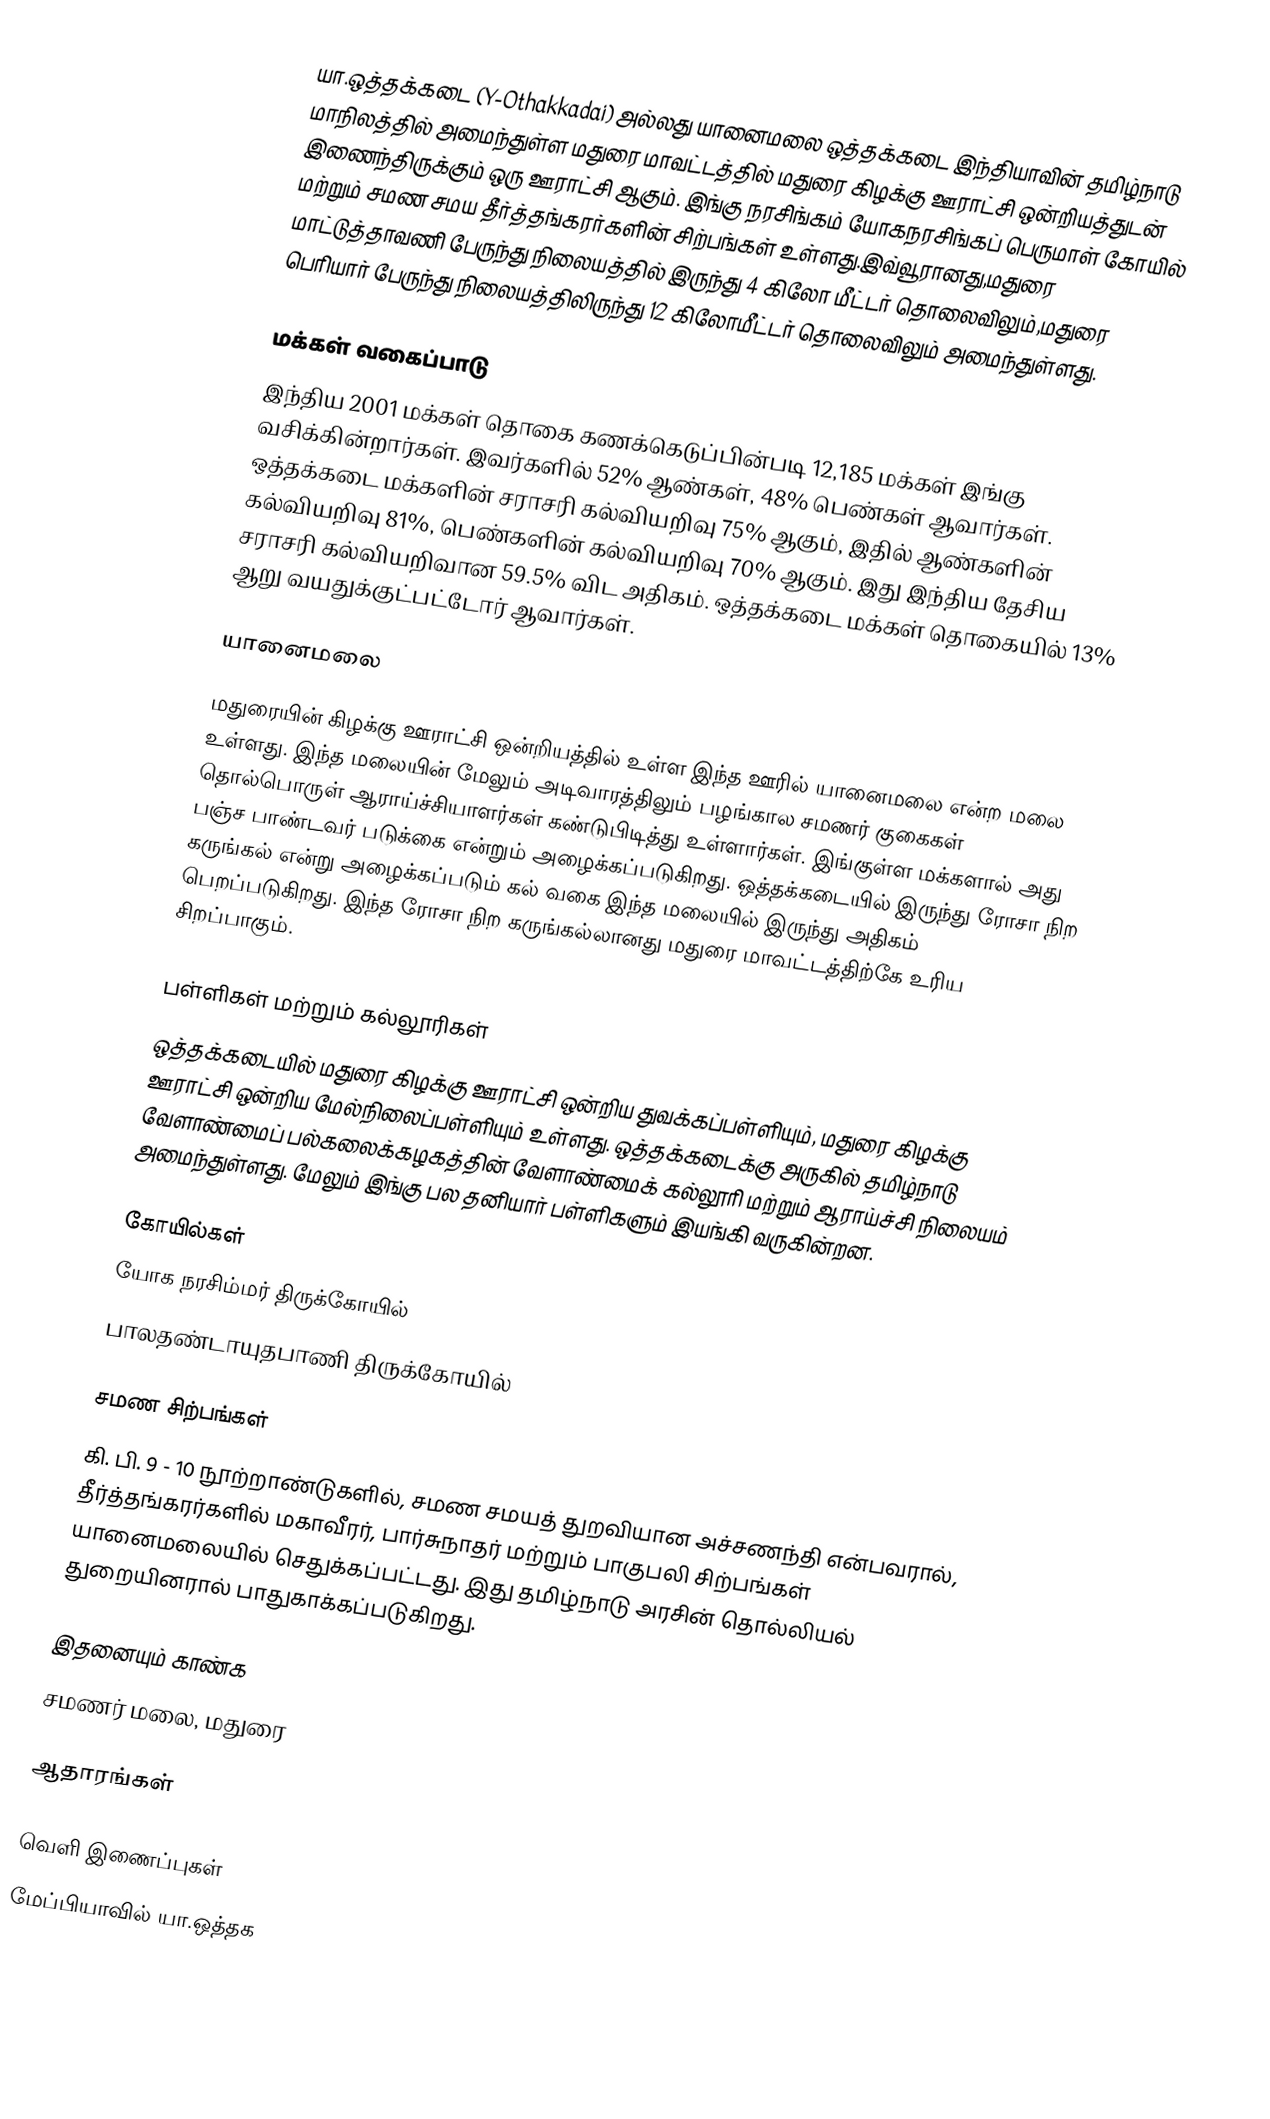
யா.ஒத்தக்கடை (Y-Othakkadai) அல்லது யானைமலை ஒத்தக்கடை இந்தியாவின் தமிழ்நாடு மாநிலத்தில் அமைந்துள்ள மதுரை மாவட்டத்தில் மதுரை கிழக்கு ஊராட்சி ஒன்றியத்துடன் இணைந்திருக்கும் ஒரு ஊராட்சி ஆகும். இங்கு நரசிங்கம் யோகநரசிங்கப் பெருமாள் கோயில் மற்றும் சமண சமய தீர்த்தங்கரர்களின் சிற்பங்கள் உள்ளது.இவ்வூரானது,மதுரை மாட்டுத்தாவணி பேருந்து நிலையத்தில் இருந்து 4 கிலோ மீட்டர் தொலைவிலும்,மதுரை பெரியார் பேருந்து நிலையத்திலிருந்து 12 கிலோமீட்டர் தொலைவிலும் அமைந்துள்ளது.

மக்கள் வகைப்பாடு
இந்திய 2001 மக்கள் தொகை கணக்கெடுப்பின்படி 12,185 மக்கள் இங்கு வசிக்கின்றார்கள். இவர்களில் 52% ஆண்கள், 48% பெண்கள் ஆவார்கள். ஒத்தக்கடை மக்களின் சராசரி கல்வியறிவு 75% ஆகும்,  இதில் ஆண்களின் கல்வியறிவு 81%,  பெண்களின் கல்வியறிவு 70% ஆகும். இது இந்திய தேசிய சராசரி கல்வியறிவான 59.5% விட அதிகம். ஒத்தக்கடை மக்கள் தொகையில் 13%  ஆறு வயதுக்குட்பட்டோர் ஆவார்கள்.

யானைமலை

மதுரையின் கிழக்கு ஊராட்சி ஒன்றியத்தில் உள்ள இந்த ஊரில் யானைமலை என்ற மலை உள்ளது. இந்த மலையின் மேலும் அடிவாரத்திலும் பழங்கால சமணர் குகைகள் தொல்பொருள் ஆராய்ச்சியாளர்கள் கண்டுபிடித்து உள்ளார்கள். இங்குள்ள மக்களால் அது பஞ்ச பாண்டவர் படுக்கை என்றும் அழைக்கப்படுகிறது. ஒத்தக்கடையில் இருந்து ரோசா நிற கருங்கல் என்று அழைக்கப்படும் கல் வகை இந்த மலையில் இருந்து அதிகம் பெறப்படுகிறது. இந்த ரோசா நிற கருங்கல்லானது மதுரை மாவட்டத்திற்கே உரிய சிறப்பாகும்.

பள்ளிகள் மற்றும் கல்லூரிகள்
ஒத்தக்கடையில் மதுரை கிழக்கு ஊராட்சி ஒன்றிய துவக்கப்பள்ளியும், மதுரை கிழக்கு ஊராட்சி ஒன்றிய மேல்நிலைப்பள்ளியும் உள்ளது. ஒத்தக்கடைக்கு அருகில் தமிழ்நாடு வேளாண்மைப் பல்கலைக்கழகத்தின் வேளாண்மைக் கல்லூரி மற்றும் ஆராய்ச்சி நிலையம் அமைந்துள்ளது. மேலும் இங்கு பல தனியார் பள்ளிகளும் இயங்கி வருகின்றன.

கோயில்கள்
 யோக நரசிம்மர் திருக்கோயில்
 பாலதண்டாயுதபாணி திருக்கோயில்

சமண சிற்பங்கள்
கி. பி. 9 - 10 நூற்றாண்டுகளில், சமண சமயத் துறவியான  அச்சணந்தி  என்பவரால், தீர்த்தங்கரர்களில் மகாவீரர், பார்சுநாதர் மற்றும் பாகுபலி சிற்பங்கள் யானைமலையில் செதுக்கப்பட்டது. இது தமிழ்நாடு அரசின் தொல்லியல் துறையினரால் பாதுகாக்கப்படுகிறது.

இதனையும் காண்க
 சமணர் மலை, மதுரை

ஆதாரங்கள்

வெளி இணைப்புகள்
மேப்பியாவில் யா.ஒத்தக